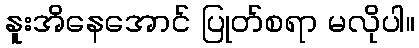
နူးအိနေအောင် ပြုတ်စရာ မလိုပါ။